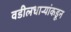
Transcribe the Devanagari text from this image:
वडीलधाऱ्यांकडून